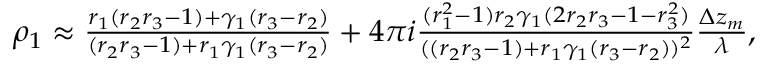
\begin{array} { r } { \rho _ { 1 } \approx \frac { r _ { 1 } ( r _ { 2 } r _ { 3 } - 1 ) + \gamma _ { 1 } ( r _ { 3 } - r _ { 2 } ) } { ( r _ { 2 } r _ { 3 } - 1 ) + r _ { 1 } \gamma _ { 1 } ( r _ { 3 } - r _ { 2 } ) } + 4 \pi i \frac { ( r _ { 1 } ^ { 2 } - 1 ) r _ { 2 } \gamma _ { 1 } ( 2 r _ { 2 } r _ { 3 } - 1 - r _ { 3 } ^ { 2 } ) } { ( ( r _ { 2 } r _ { 3 } - 1 ) + r _ { 1 } \gamma _ { 1 } ( r _ { 3 } - r _ { 2 } ) ) ^ { 2 } } \frac { \Delta z _ { m } } { \lambda } , } \end{array}